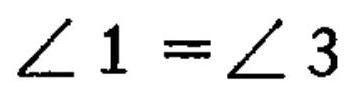
\(\angle 1=\angle 3\)